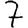
Digit: 7